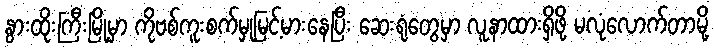
နွားထိုးကြီးမြို့မှာ ကိုဗစ်ကူးစက်မှုမြင့်မားနေပြီး ဆေးရုံတွေမှာ လူနာထားရှိဖို့ မလုံလောက်တာမို့